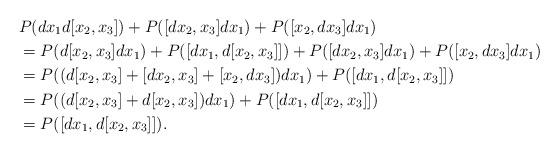
LaTeX: \begin{align*} &P(dx_1d[x_2,x_3]) + P([dx_2,x_3]dx_1) + P([x_2,dx_3]dx_1) \\ &= P(d[x_2,x_3]dx_1) + P([dx_1,d[x_2,x_3]]) + P([dx_2,x_3]dx_1) + P([x_2,dx_3]dx_1) \\ &= P((d[x_2,x_3] + [dx_2,x_3] + [x_2,dx_3])dx_1) + P([dx_1,d[x_2,x_3]]) \\ &= P((d[x_2,x_3] + d[x_2,x_3])dx_1) + P([dx_1,d[x_2,x_3]]) \\ &= P([dx_1,d[x_2,x_3]]). \end{align*}